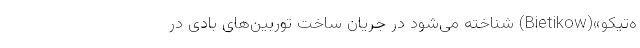
ه‌تیکو»(Bietikow) شناخته می‌شود در جریان ساخت توربین‌های بادی در